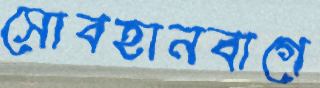
সোবহানবাগে